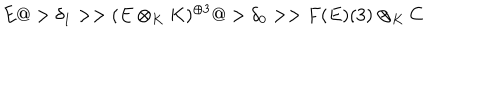
LaTeX: E @ > \delta _ { 1 } > > ( E \otimes _ { K } K ) ^ { \oplus 3 } @ > \delta _ { 0 } > > F ( E ) ( 3 ) \otimes _ { K } C